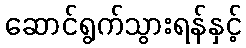
ဆောင်ရွက်သွားရန်နှင့်